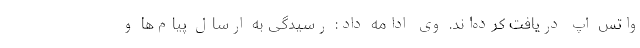
واتس اپ دریافت کرده‌اند. وی ادامه داد: رسیدگی به ارسال پیام‌ھا و